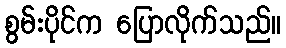
စွမ်းပိုင်က ပြောလိုက်သည်။